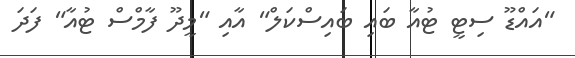
"އައްޑޫ ސިޓީ ޓުއާ ބައި ބައިސްކަލް" އާއި "މީދޫ ފާމްސް ޓުއާ" ފަދަ